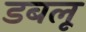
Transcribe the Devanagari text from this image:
डबलू